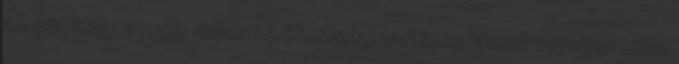
annyit, hogy a nyolc napos törökországi tartózkodásunk egyetlen olyan